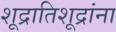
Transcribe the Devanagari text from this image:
शूद्रातिशूद्रांना